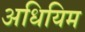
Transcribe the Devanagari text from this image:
अधियिम